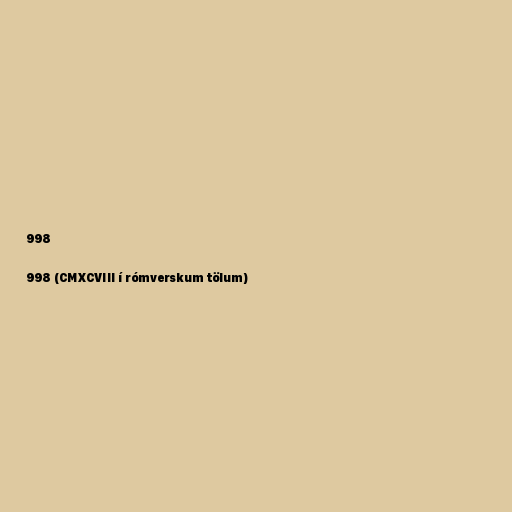
998

998 (CMXCVIII í rómverskum tölum)